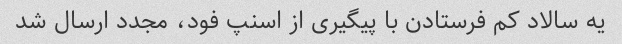
یه سالاد کم فرستادن با پیگیری از اسنپ فود، مجدد ارسال شد